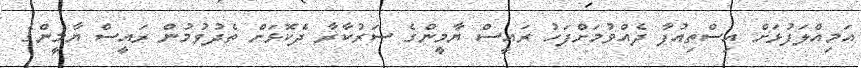
އަމިއްލަފުޅަށް އިސްތިއުފާ ދެއްވުމަށްފަހު ރައީސް ޔާމީންގެ ސަރުކާރާ ދެކޮޅަށް ތެދުވުމުން ރައީސް ޔާމީންގެ